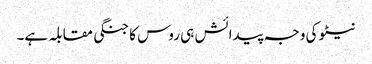
نیٹو کی وجہ پیدائش ہی روس کا جنگی مقابلہ ہے۔